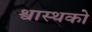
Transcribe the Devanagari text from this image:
श्वास्थको